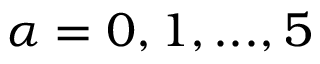
\alpha = 0 , 1 , . . . , 5